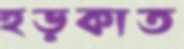
হড়কাত